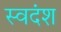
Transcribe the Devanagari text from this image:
स्वदंश